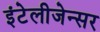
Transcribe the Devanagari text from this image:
इंटेलीजेन्सर